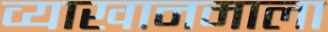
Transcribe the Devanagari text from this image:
व्याखानमाला